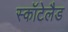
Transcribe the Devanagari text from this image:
स्कॉटेलैड